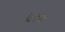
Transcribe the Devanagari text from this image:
ट्रेजेरी